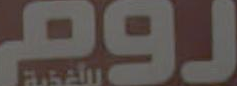
روم